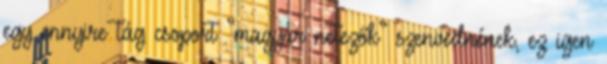
egy ennyire tág csoport “magyar netezők” szenvednének, ez igen